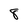
Character: 8